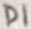
Text: D1